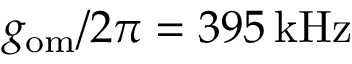
g _ { \mathrm { o m } } / 2 \pi = 3 9 5 \, \mathrm { k H z }